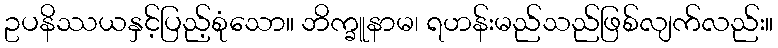
ဥပနိဿယနှင့်ပြည့်စုံသော။ ဘိက္ခူနာမ၊ ရဟန်းမည်သည်ဖြစ်လျက်လည်း။